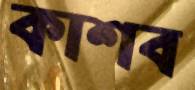
কাশব